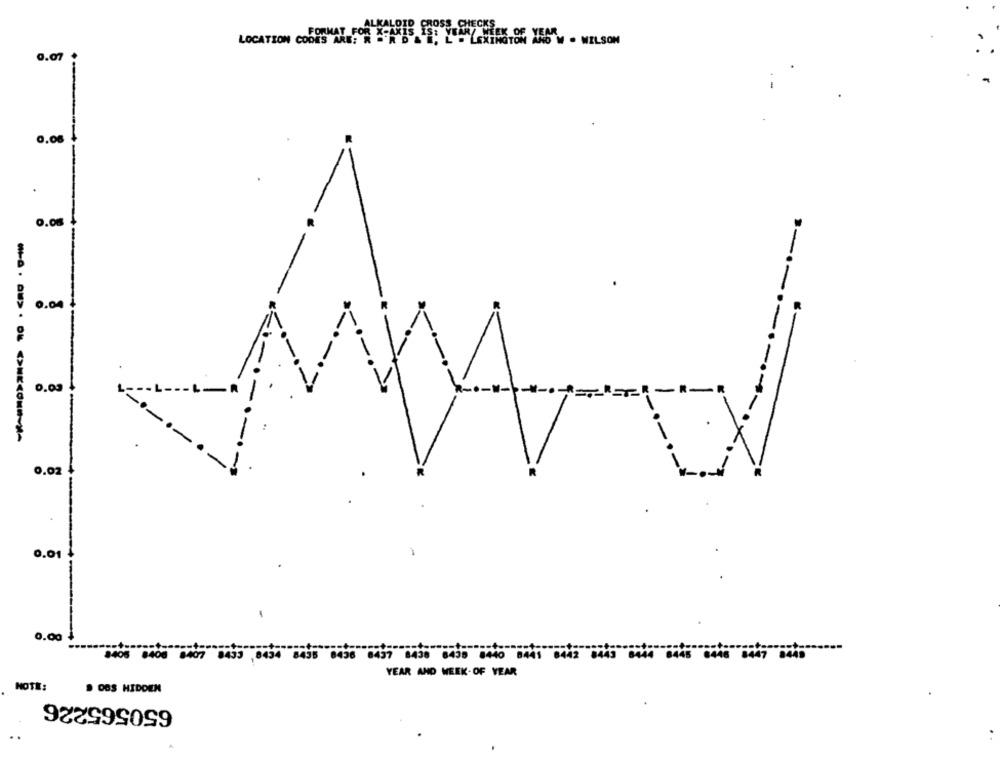
BOASKALDIR BOSS HAY WAR OF VES . WILSON
0.07
0.06
0.04
0.03
0.02
0.01
0.00
.- +
8405 8408 8407 8433 8434 8435 8436 8437 8438 8435 8440 8441 8442 8443 8444 8445 6446 8447 8449
YEAR AND WEEK-OF YEAR
NOTE:
DOS HIDDEN
650565226